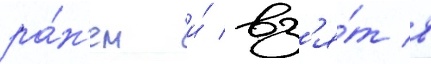
ра́н'ен и́ вз'я́т в